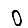
Digit: 0